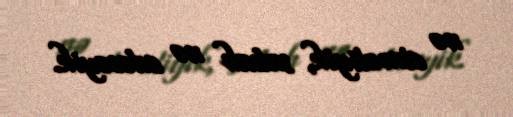
nə etməliyik, sabah nə edəcəyik.